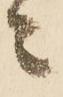
ニ